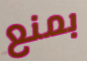
بمنع